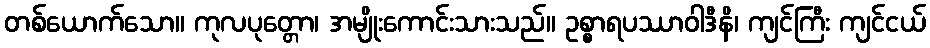
တစ်ယောက်သော။ ကုလပုတ္တော၊ အမျိုးကောင်းသားသည်။ ဥစ္စာရပဿာဝါဒီနိ၊ ကျင်ကြီး ကျင်ငယ်